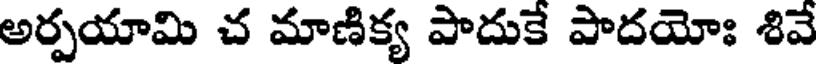
అర్పయామి చ మాణిక్య పాదుకే పాదయోః శివే